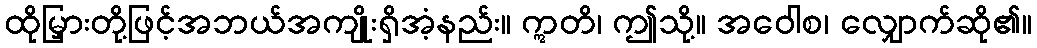
ထိုမြှားတို့ဖြင့်အဘယ်အကျိုးရှိအံ့နည်း။ ဣတိ၊ ဤသို့။ အဝေါစ၊ လျှောက်ဆို၏။